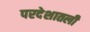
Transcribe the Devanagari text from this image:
परदेशातली